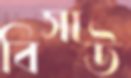
বিসাউ